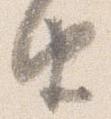
由